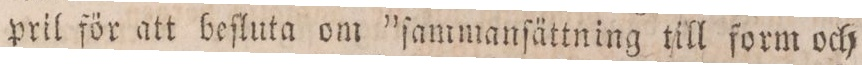
pril för att beſluta om ”ſammanſättning till form och